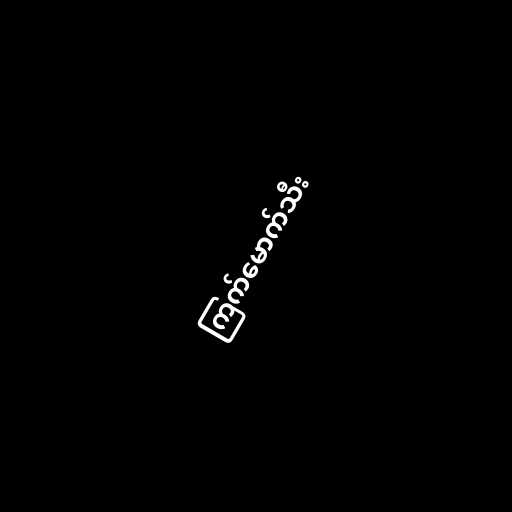
ကြက်မောက်သီး